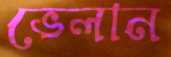
ভেলান